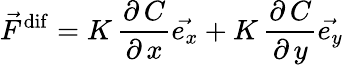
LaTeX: \vec{F}^{\mathrm{dif}}=K\, \frac{\partial\, C}{\partial\, x}\vec{e_{x}}+K\, \frac{\partial\, C}{\partial\, y}\vec{e_{y}}